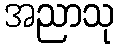
အညာသု